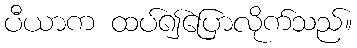
ပီယာက ထပ်၍ပြောလိုက်သည်။